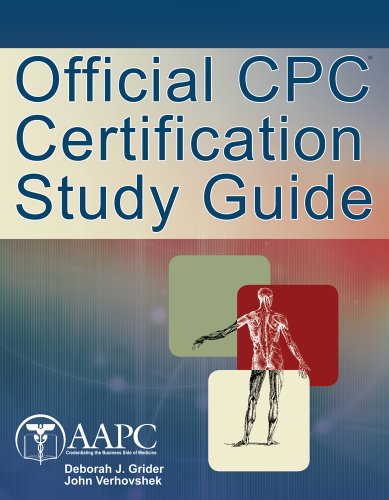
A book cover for CPC Certification Study Guide; American Academy of Professional Coders; Business & Money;